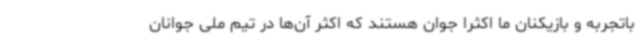
باتجربه و بازیکنان ما اکثرا جوان هستند که اکثر آن‌ها در تیم ملی جوانان